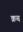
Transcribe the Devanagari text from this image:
क्रच